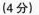
(4分)